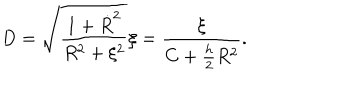
LaTeX: D = \sqrt { \frac { 1 + \dot { R } ^ { 2 } } { R ^ { 2 } + \xi ^ { 2 } } } \xi = \frac { \xi } { C + \frac { h } { 2 } R ^ { 2 } } .